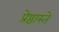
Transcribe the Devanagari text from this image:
प्रेष्ठास्ते